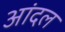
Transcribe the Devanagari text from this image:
आंदल